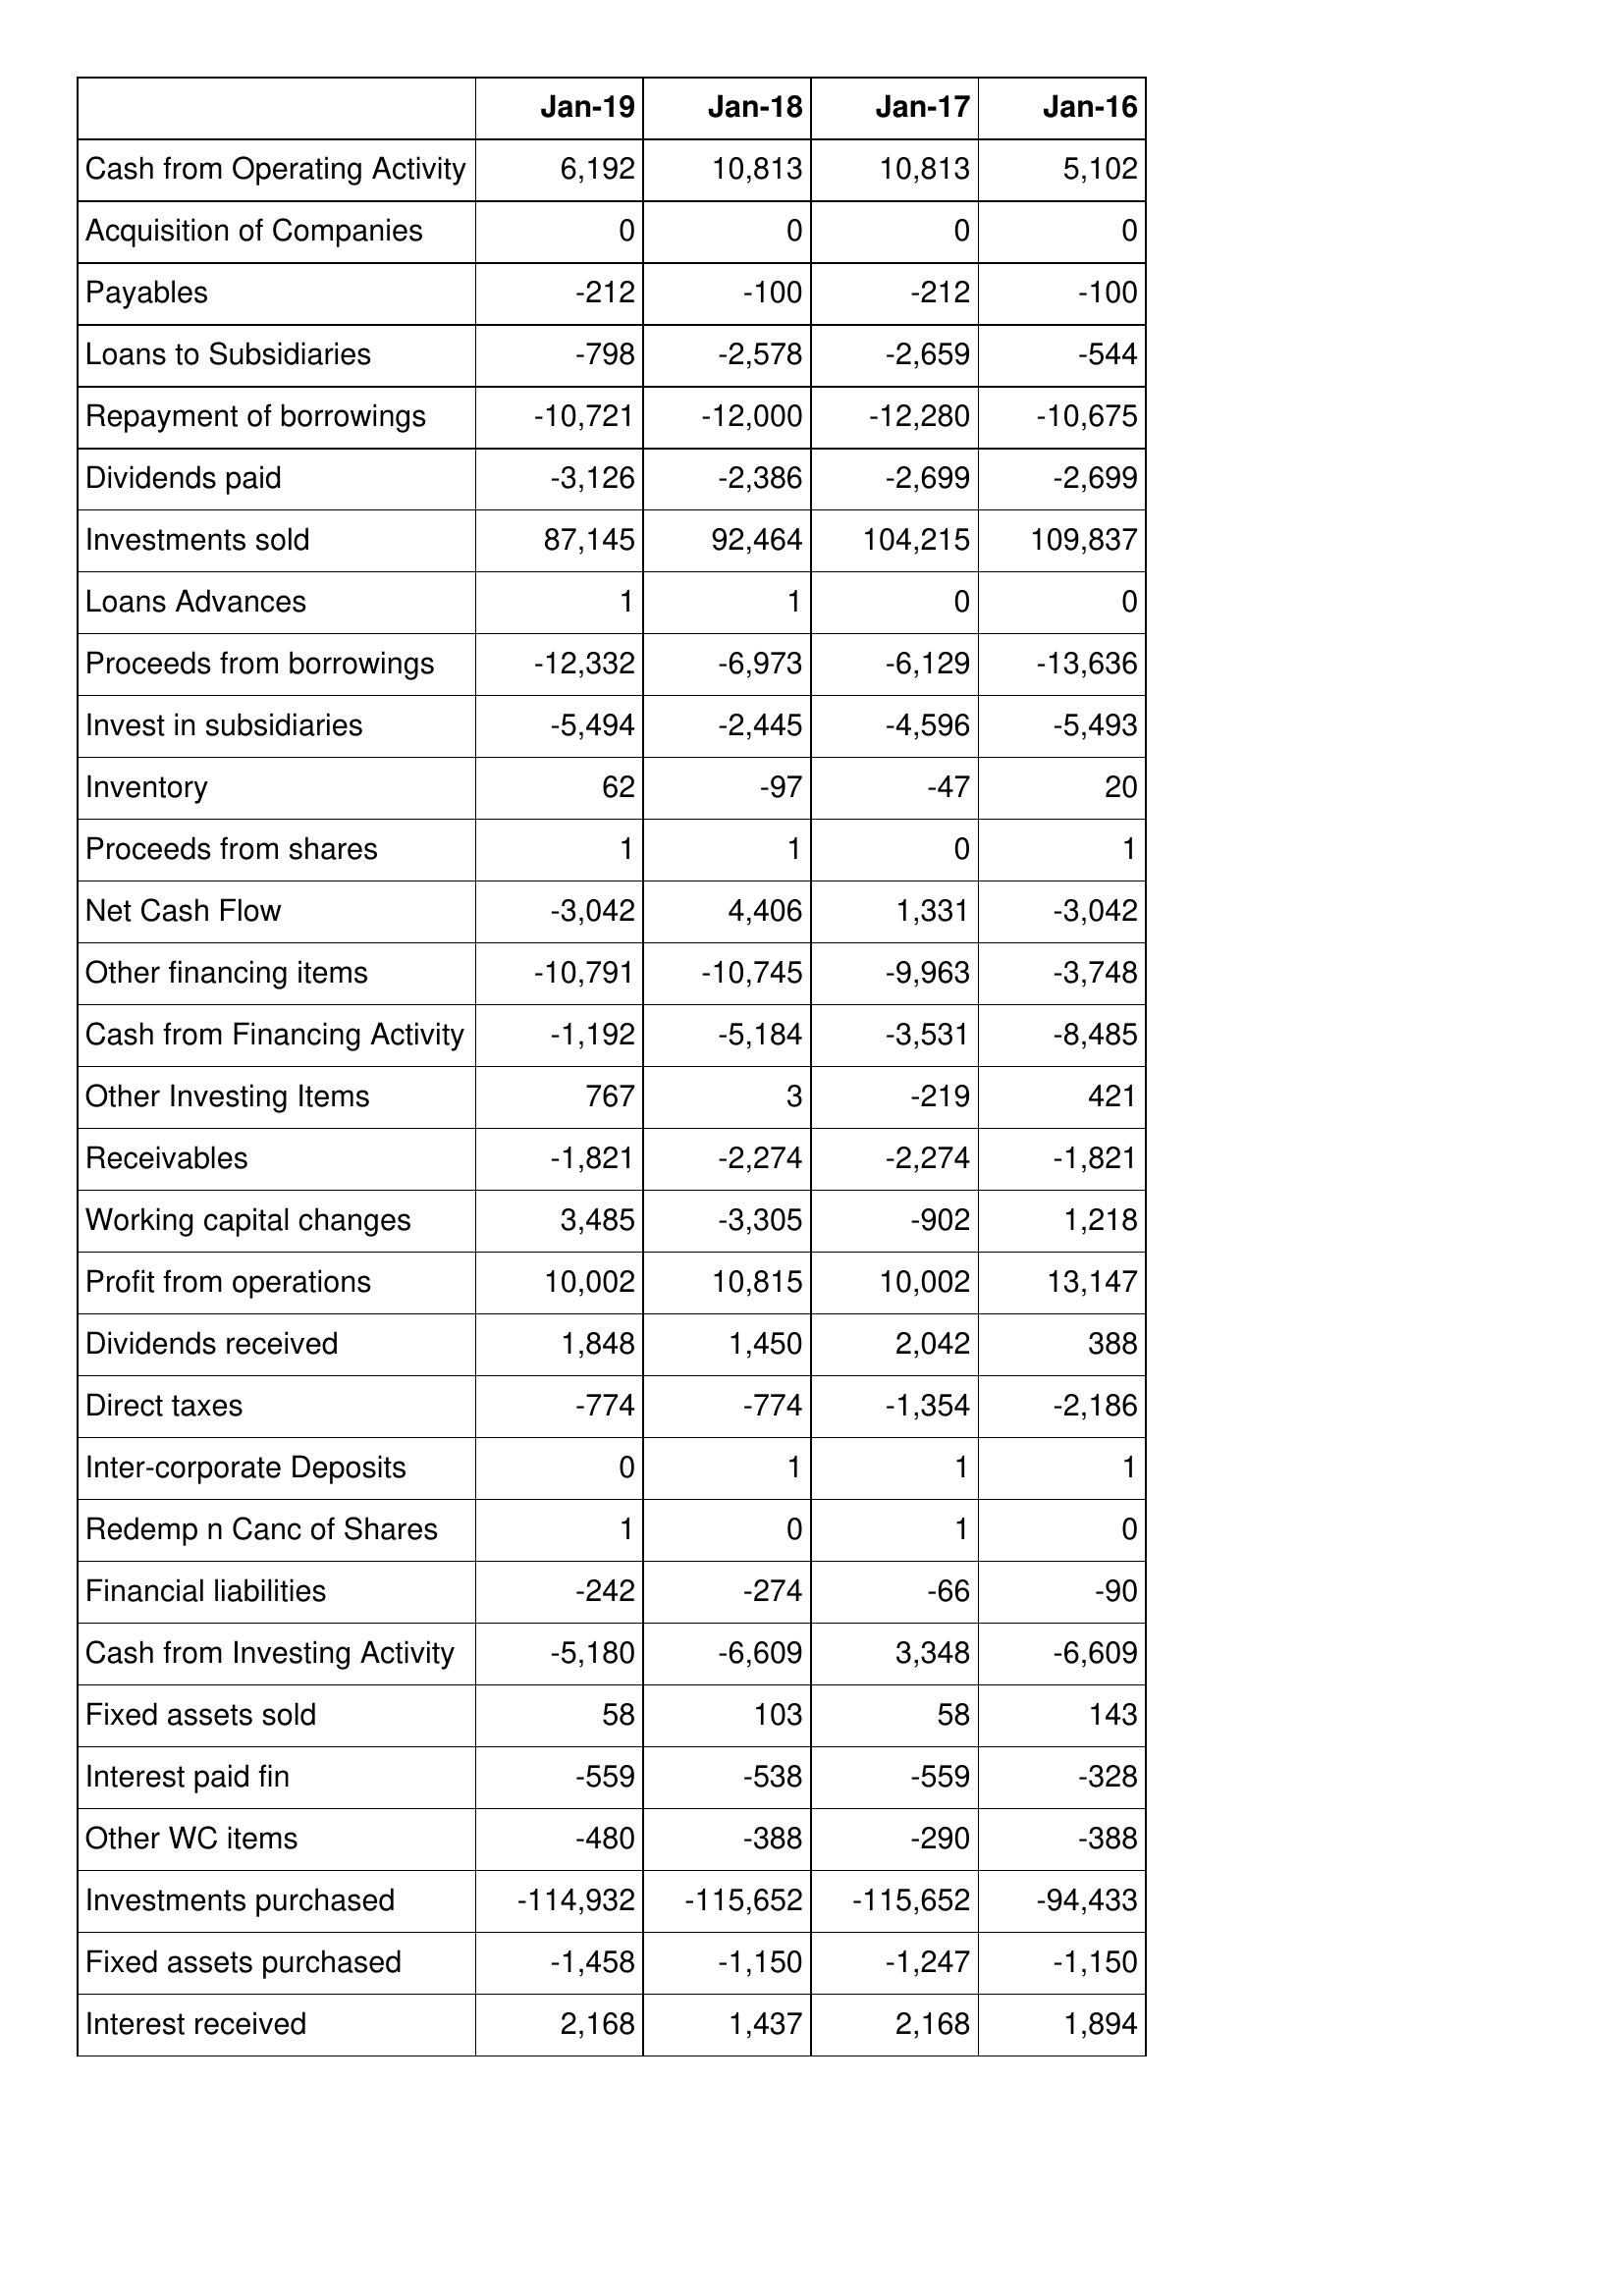
Jan-19: Cash Flows: Cash from Operating Activity: 6,192
Acquisition of Companies: 0
Payables: -212
Loans to Subsidiaries: -798
Repayment of borrowings: -10,721
Dividends paid: -3,126
Investments sold: 87,145
Loans Advances: 1
Proceeds from borrowings: -12,332
Invest in subsidiaries: -5,494
Inventory: 62
Proceeds from shares: 1
Net Cash Flow: -3,042
Other financing items: -10,791
Cash from Financing Activity: -1,192
Other Investing Items: 767
Receivables: -1,821
Working capital changes: 3,485
Profit from operations: 10,002
Dividends received: 1,848
Direct taxes: -774
Inter-corporate Deposits: 0
Redemp n Canc of Shares: 1
Financial liabilities: -242
Cash from Investing Activity: -5,180
Fixed assets sold: 58
Interest paid fin: -559
Other WC items: -480
Investments purchased: -114,932
Fixed assets purchased: -1,458
Interest received: 2,168
Jan-18: Cash Flows: Cash from Operating Activity: 10,813
Acquisition of Companies: 0
Payables: -100
Loans to Subsidiaries: -2,578
Repayment of borrowings: -12,000
Dividends paid: -2,386
Investments sold: 92,464
Loans Advances: 1
Proceeds from borrowings: -6,973
Invest in subsidiaries: -2,445
Inventory: -97
Proceeds from shares: 1
Net Cash Flow: 4,406
Other financing items: -10,745
Cash from Financing Activity: -5,184
Other Investing Items: 3
Receivables: -2,274
Working capital changes: -3,305
Profit from operations: 10,815
Dividends received: 1,450
Direct taxes: -774
Inter-corporate Deposits: 1
Redemp n Canc of Shares: 0
Financial liabilities: -274
Cash from Investing Activity: -6,609
Fixed assets sold: 103
Interest paid fin: -538
Other WC items: -388
Investments purchased: -115,652
Fixed assets purchased: -1,150
Interest received: 1,437
Jan-17: Cash Flows: Cash from Operating Activity: 10,813
Acquisition of Companies: 0
Payables: -212
Loans to Subsidiaries: -2,659
Repayment of borrowings: -12,280
Dividends paid: -2,699
Investments sold: 104,215
Loans Advances: 0
Proceeds from borrowings: -6,129
Invest in subsidiaries: -4,596
Inventory: -47
Proceeds from shares: 0
Net Cash Flow: 1,331
Other financing items: -9,963
Cash from Financing Activity: -3,531
Other Investing Items: -219
Receivables: -2,274
Working capital changes: -902
Profit from operations: 10,002
Dividends received: 2,042
Direct taxes: -1,354
Inter-corporate Deposits: 1
Redemp n Canc of Shares: 1
Financial liabilities: -66
Cash from Investing Activity: 3,348
Fixed assets sold: 58
Interest paid fin: -559
Other WC items: -290
Investments purchased: -115,652
Fixed assets purchased: -1,247
Interest received: 2,168
Jan-16: Cash Flows: Cash from Operating Activity: 5,102
Acquisition of Companies: 0
Payables: -100
Loans to Subsidiaries: -544
Repayment of borrowings: -10,675
Dividends paid: -2,699
Investments sold: 109,837
Loans Advances: 0
Proceeds from borrowings: -13,636
Invest in subsidiaries: -5,493
Inventory: 20
Proceeds from shares: 1
Net Cash Flow: -3,042
Other financing items: -3,748
Cash from Financing Activity: -8,485
Other Investing Items: 421
Receivables: -1,821
Working capital changes: 1,218
Profit from operations: 13,147
Dividends received: 388
Direct taxes: -2,186
Inter-corporate Deposits: 1
Redemp n Canc of Shares: 0
Financial liabilities: -90
Cash from Investing Activity: -6,609
Fixed assets sold: 143
Interest paid fin: -328
Other WC items: -388
Investments purchased: -94,433
Fixed assets purchased: -1,150
Interest received: 1,894